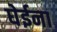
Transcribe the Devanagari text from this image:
घेईना